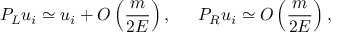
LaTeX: P _ { L } u _ { i } \simeq u _ { i } + { \cal O } \left( \frac m { 2 E } \right) , \, \, \, \, \, \, \, \, \, P _ { R } u _ { i } \simeq { \cal O } \left( \frac m { 2 E } \right) ,